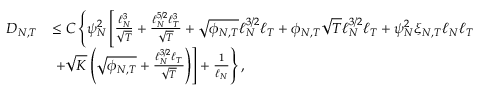
\begin{array} { r l } { { D _ { N , T } } } & { \leq C \left\lbrace \psi _ { N } ^ { 2 } \left[ \frac { \ell _ { N } ^ { 3 } } { \sqrt { T } } + \frac { \ell _ { N } ^ { 5 / 2 } \ell _ { T } ^ { 3 } } { \sqrt { T } } + \sqrt { \phi _ { N , T } } \ell _ { N } ^ { 3 / 2 } \ell _ { T } + \phi _ { N , T } \sqrt { T } \ell _ { N } ^ { 3 / 2 } \ell _ { T } + \psi _ { N } ^ { 2 } \xi _ { N , T } \ell _ { N } \ell _ { T } \right. \right. } \\ & { \left. \left. + \sqrt { K } \left( \sqrt { \phi _ { N , T } } + \frac { \ell _ { N } ^ { 3 / 2 } \ell _ { T } } { \sqrt { T } } \right) \right] + \frac { 1 } { \ell _ { N } } \right\rbrace , } \end{array}